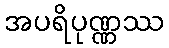
အပရိပုဏ္ဏဿ